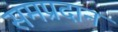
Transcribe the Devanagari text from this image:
समप्रदान